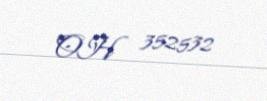
OH 352532